Vaccine operations Central Provinces 1900-1911 - 1900-1911
Year: 1900
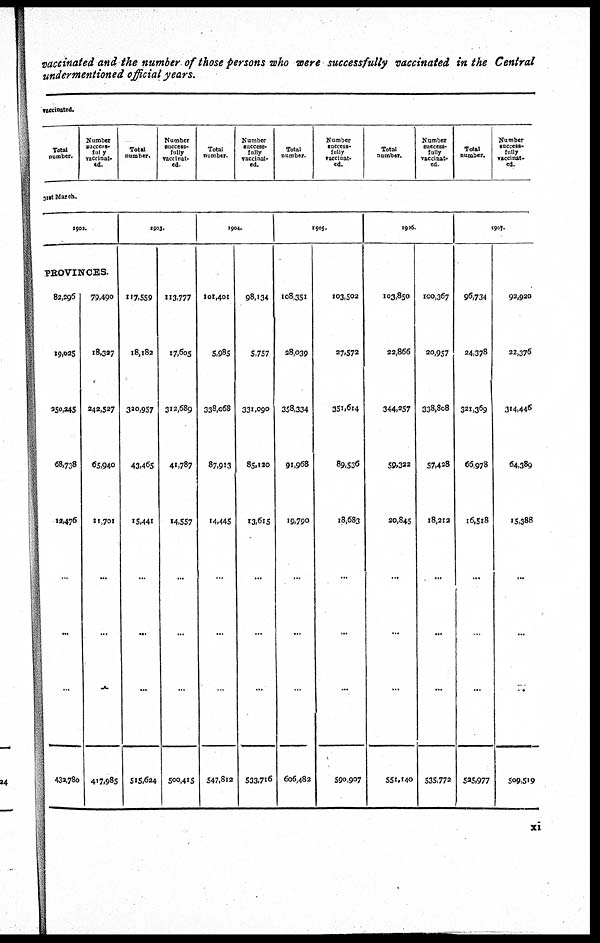
vaccinated and the number of those persons who were successfully vaccinated in the Central
undermentioned official years.
vaccinated.
Total
number.
Number
success¬
fuly
vaccinat¬
ed.
Total
number.
Number
success-
fully
vaccina¬
ed.
Total
number.
Number
success-
fully
vaccinat¬
ed.
Total
number.
Number
success-
fully
vaccinat-
ed.
Total
number.
Number
success-
fully
vaccinat-
ed.
Total
number.
Number
success¬
fully
vaccinat-
ed.
31st March.
1902.
PROVINCES.
82,296
19,025
250,245
68,738
12,476
...
...
...
432,780
79,490
18,327
242,527
65,940
11,701
...
...
...
417,985
1903.
117,559
18,182
320,957
43,465
15,441
...
...
...
515,624
113,777
17,605
312,689
41,787
14,557
...
...
...
500,415
1904.
101,401
5,985
338,068
87,913
14,445
...
...
...
547,812
98,134
5,757
331,090
85,120
13,615
...
...
...
533,716
1905.
108,351
28,039
358,334
91,968
19,790
...
...
...
606,482
103,502
27,572
351,614
89,536
18,683
...
...
...
590,907
1906.
103,850
22,866
344,257
59,322
20,845
...
...
...
551,140
100,367
20,957
338,808
57,428
18,212
...
...
...
535,772
1907.
96,734
24,378
321,369
66,978
16,518
...
...
...
525,977
92,920
22,376
314,446
64,389
15,388
...
...
...
509,519
xi